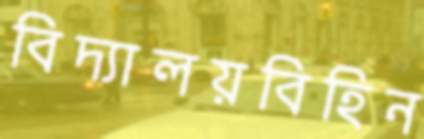
বিদ্যালয়বিহিন